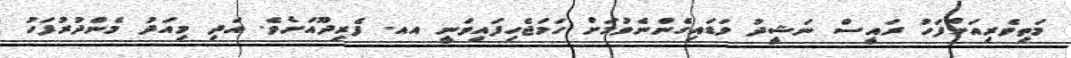
މަތިވެރިއަށްފަހު ރައީސް ނަޝީދު ވަޑައިގެންނެވުމަށް ހަމަޖެހިފައިވަނީ އއ. ފެރިދޫއަށެވެ. އަދި މިއަދު މެންދުރުފަހު